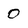
Character: 0